Indian journal of veterinary science and animal husbandry - Volume 3,
Year: 1933
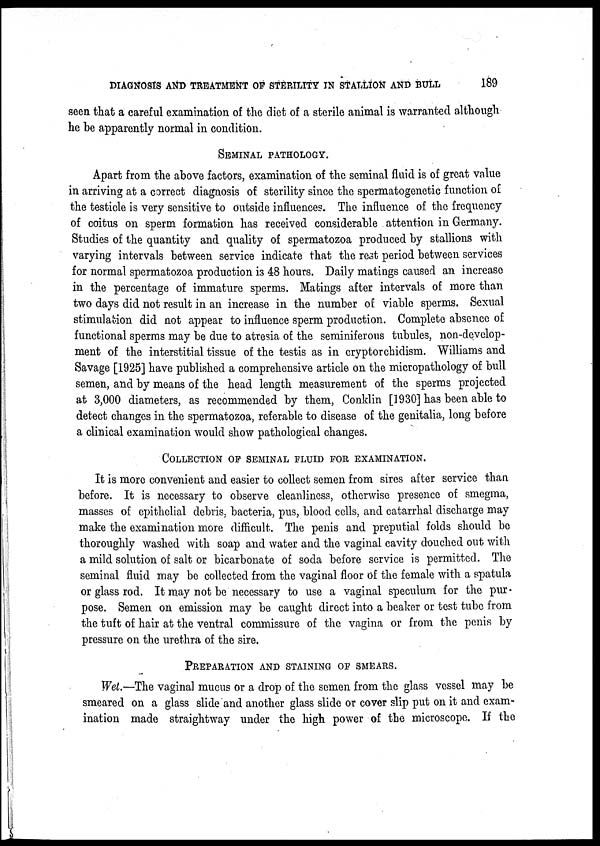
DIAGNOSIS AND TREATMENT OF STERILITY IN STALLION AND BULL
189
seen that a careful examination of the diet of a sterile animal is warranted although
he be apparently normal in condition.
SEMINAL PATHOLOGY.
Apart from the above factors, examination of the seminal fluid is of great value
in arriving at a correct diagnosis of sterility since the spermatogenctic function of
the testicle is very sensitive to outside influences. The influence of the frequency
of coitus on sperm formation has received considerable attention in Germany.
Studies of the quantity and quality of spermatozoa produced by stallions with
varying intervals between service indicate that the rest period between services
for normal spermatozoa production is 48 hours. Daily matings caused an increase
in the percentage of immature sperms. Matings after intervals of more than
two days did not result in an increase in the number of viable sperms. Sexual
stimulation did not appear to influence sperm production. Complete absence of
functional sperms may be due to atresia of the seminiferous tubules, non-develop-
ment of the interstitial tissue of the testis as in cryptorchidism. Williams and
Savage [1925] have published a comprehensive article on the micropathology of bull
semen, and by means of the head length measurement of the sperms projected
at 3,000 diameters, as recommended by them, Conklin [1930] has been able to
detect changes in the spermatozoa, referable to disease of the genitalia, long before
a clinical examination would show pathological changes.
COLLECTION OF SEMINAL FLUID FOR EXAMINATION.
It is more convenient and easier to collect semen from sires after service than
before. It is necessary to observe cleanliness, otherwise presence of smegma,
masses of epithelial debris, bacteria, pus, blood cells, and catarrhal discharge may
make the examination more difficult. The penis and preputial folds should be
thoroughly washed with soap and water and the vaginal cavity douched out with
a mild solution of salt or bicarbonate of soda before service is permitted. The
seminal fluid may be collected from the vaginal floor of the female with a spatula
or glass rod. It may not be necessary to use a vaginal speculum for the pur-
pose. Semen on emission may be caught direct into a beaker or test tube from
the tuft of hair at the ventral commissure of the vagina or from the penis by
pressure on the urethra of the sire.
PREPARATION AND STAINING OF SMEARS.
Wet.—The vaginal mucus or a drop of the semen from the glass vessel may be
smeared on a glass slide and another glass slide or cover slip put on it and exam-
ination made straightway under the high power of the microscope. If the